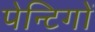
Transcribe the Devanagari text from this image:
पेन्टिगों